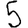
Digit: 5